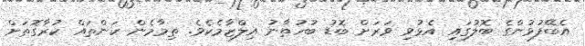
އެބޭފުޅުންގެ ބޮލުގައި އެޅުވި ވަރަށް ބޮޑު ބުހުތާނު އިލްޒާމެކެވެ. ތިމާމެން ކަންތައް ކުރާގޮތަށް